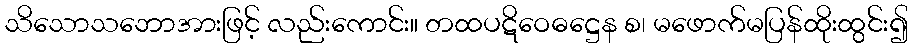
သိသောသဘောအားဖြင့် လည်းကောင်း။ တထပဋိဝေဓဋ္ဌေန စ၊ မဖောက်မပြန်ထိုးထွင်း၍